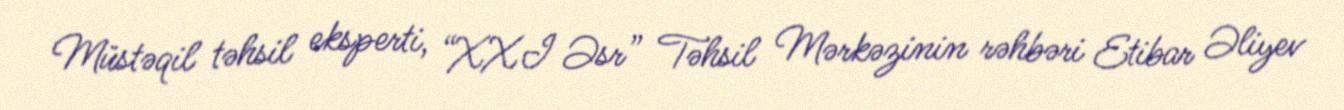
Müstəqil təhsil eksperti, “XXI Əsr” Təhsil Mərkəzinin rəhbəri Etibar Əliyev